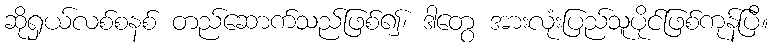
ဆိုရှယ်လစ်စနစ် တည်ဆောက်သည်ဖြစ်၍၊ ဒါတွေ အားလုံးပြည်သူပိုင်ဖြစ်ကုန်ပြီ။